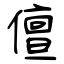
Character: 儃